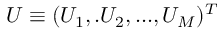
U \equiv ( U _ { 1 } , . U _ { 2 } , . . . , U _ { M } ) ^ { T }